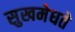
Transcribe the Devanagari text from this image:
सुखमेधते